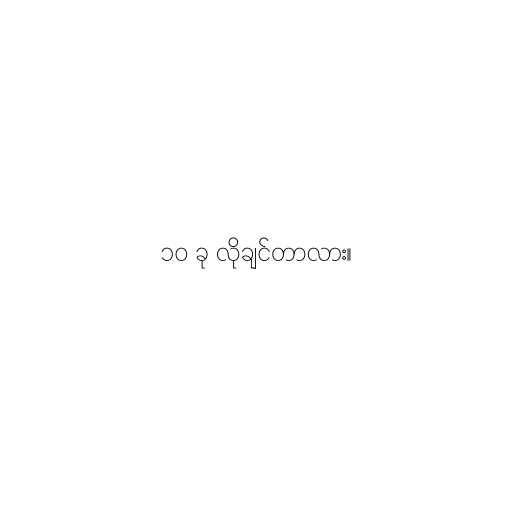
၁၀ ခု လိုချင်တာလား။